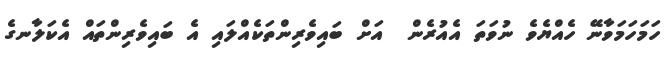
ހަމަހަމަވާނޭ ހެއްޔެވެ ނުވަތަ އެއުރެން  އަށް ބައިވެރިންތަކެއްލައި އެ ބައިވެރިންތައް އެކަލާނގެ